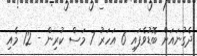
ދެގުނައަށް ބޮޑުވެފައި 6 އަހަރު 7 މަސް ކުރިން - 12 މެއި